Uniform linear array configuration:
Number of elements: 64
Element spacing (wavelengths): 0.75
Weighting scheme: uniform
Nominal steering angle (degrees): -45
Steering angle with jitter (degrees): -43.479
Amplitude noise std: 0.05
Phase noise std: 0.05

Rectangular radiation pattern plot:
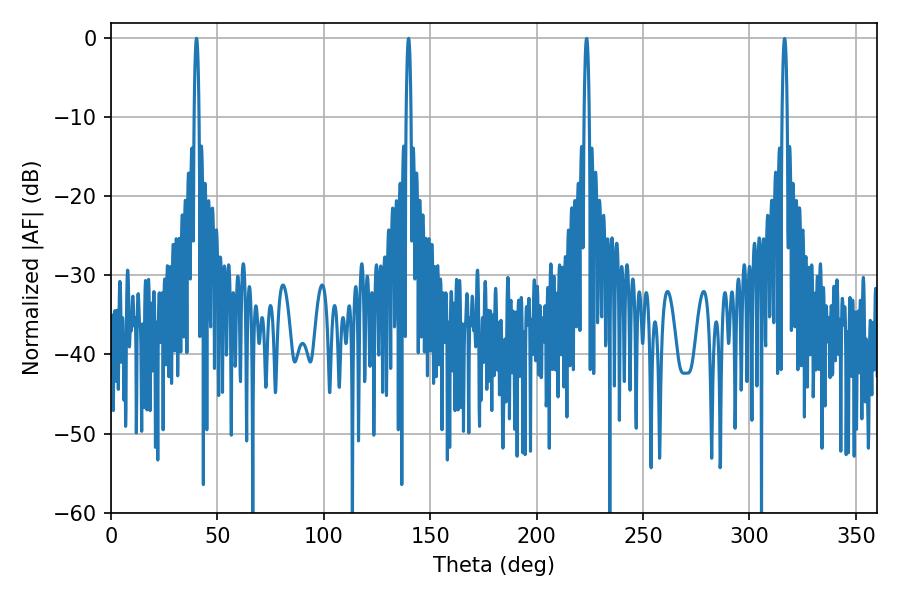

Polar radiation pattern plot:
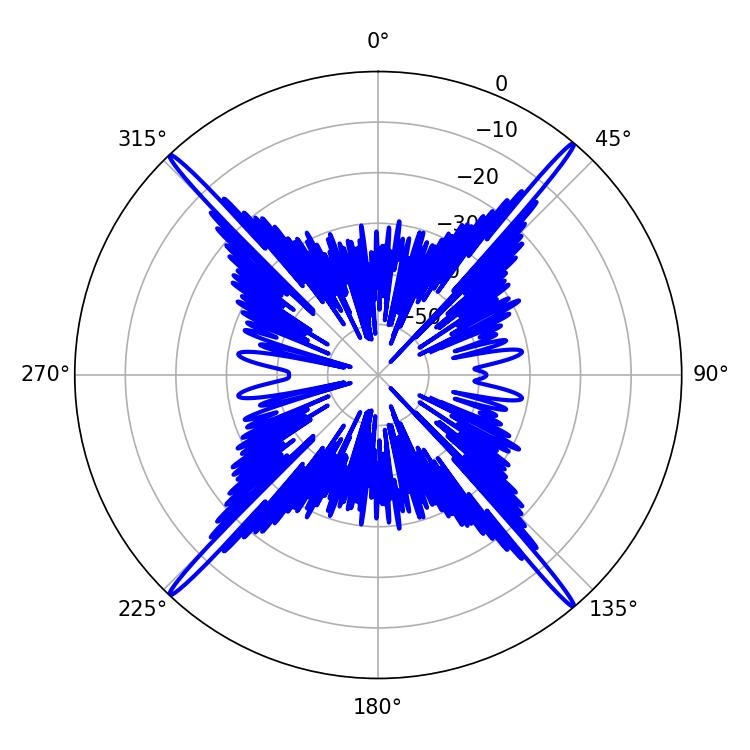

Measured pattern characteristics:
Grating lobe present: TRUE
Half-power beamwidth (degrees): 1.26
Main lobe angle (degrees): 139.86